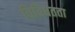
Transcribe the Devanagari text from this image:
विविधतता